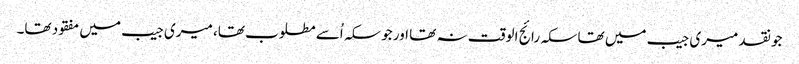
جو نقد میری جیب میں تھا سکہ رائج الوقت نہ تھا اور جو سکہ اُسے مطلوب تھا، میری جیب میں مفقود تھا۔